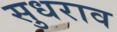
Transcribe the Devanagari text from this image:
सुधराव